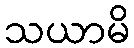
သယာမိ